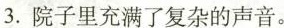
3.院子里充满了复杂的声音。